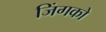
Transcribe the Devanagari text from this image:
जिंगको